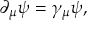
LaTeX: \partial _ { \mu } \psi = \gamma _ { \mu } \psi ,